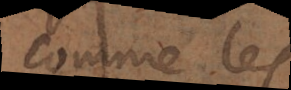
Comme les